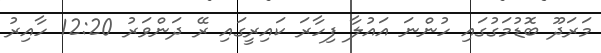
މަރަދޫ ބޮޑުމަގުގައި ހުންނަ އައުލާ ފިހާރަ ކައިރީގައި ރޭ ދަންވަރު 12:20 ހާއިރު